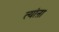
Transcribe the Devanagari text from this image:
त्यांऩा